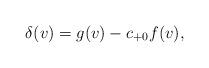
LaTeX: \begin{align*} \delta(v)=g(v)-c_{+0}f(v),\end{align*}